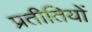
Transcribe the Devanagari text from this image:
प्रतीतियों